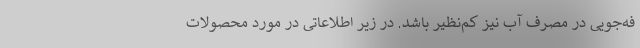
فه‌جویی در مصرف آب نیز کم‌نظیر باشد. در زیر اطلاعاتی در مورد محصولات